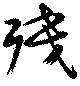
残